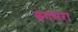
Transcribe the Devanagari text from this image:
बगसरा